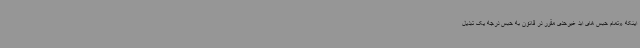
اینکه «تمام حبس های ابد غیرحدی مقرر در قانون به حبس درجه یک تبدیل